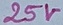
Text: 25V